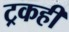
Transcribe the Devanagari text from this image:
ट्रकही